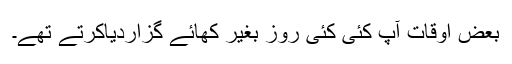
بعض اوقات آپ کئی کئی روز بغیر کھائے گزاردیاکرتے تھے۔